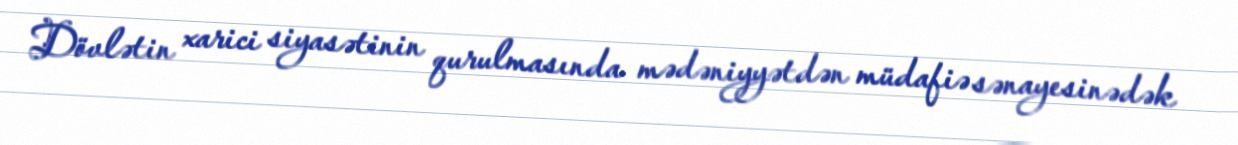
Dövlətin xarici siyasətinin qurulmasında mədəniyyətdən müdafiə sənayesinədək